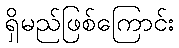
ရှိမည်ဖြစ်ကြောင်း